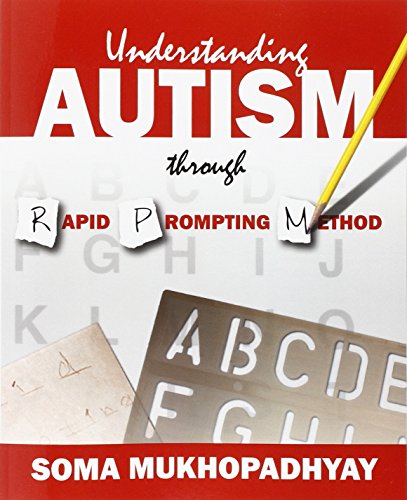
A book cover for Understanding Autism through Rapid Prompting Method; Soma Mukhopadhyay; Health, Fitness & Dieting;